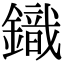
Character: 𮢿